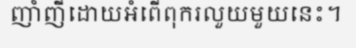
ញាំញីដោយអំពើពុករលួយមួយនេះ។